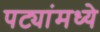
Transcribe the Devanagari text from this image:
पट्यांमध्ये